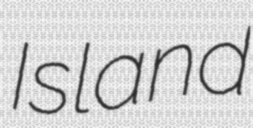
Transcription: Island